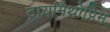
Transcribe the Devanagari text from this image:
ट्रायमिथोप्रिम